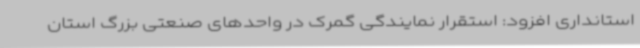
استانداری افزود: استقرار نمایندگی‌ گمرک در واحدهای صنعتی بزرگ استان